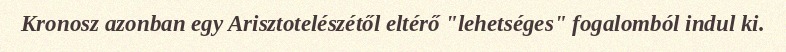
Kronosz azonban egy Arisztotelészétől eltérő "lehetséges" fogalomból indul ki.